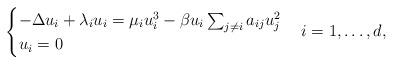
LaTeX: \begin{align*}\begin{cases}-\Delta u_i + \lambda_i u_i= \mu_i u_i^3 - \beta u_i \sum_{j \neq i} a_{ij} u_j^2 & \\u_i =0 & \end{cases} i=1,\dots,d,\end{align*}